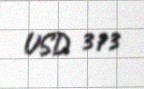
USD 373